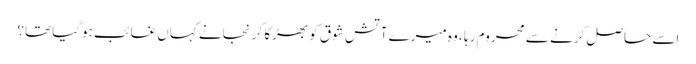
اسے حاصل کرنے سے محروم رہا ، وہ میرے آتشِ شوق کو بھڑکا کر نجانے کہاں غائب ہوگیا تھا؟